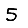
Digit: 5